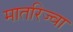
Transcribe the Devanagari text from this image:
मातरिज्वा